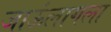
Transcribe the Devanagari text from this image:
जाऊंलागला